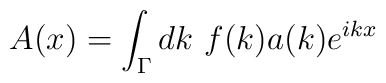
A(x)=\int_\Gamma dk~f(k)a(k) e^{ikx}